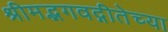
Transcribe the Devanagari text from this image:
श्रीमद्भगवद्गीतेच्या